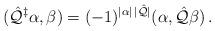
LaTeX: \begin{align*}(\hat{\cal Q}^\ddagger \alpha, \beta) = (-1)^{|\alpha| \,|\hat{\cal Q}|} (\alpha, \hat{\cal Q} \beta) \,.\end{align*}